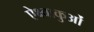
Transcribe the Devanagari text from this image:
ऐक्ष्वाकुओं